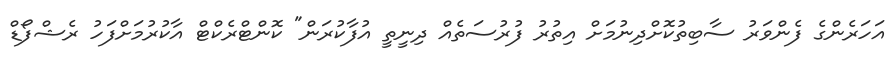
އަހަރެންގެ ފެންވަރު ސާބިތުކޮށްދިނުމަށް އިތުރު ފުރުސަތެއް ދިނީތީ އުފާކުރަން" ކޮންޓްރެކްޓް އާކުރުމަށްފަހު ރެޝްފޯޑް